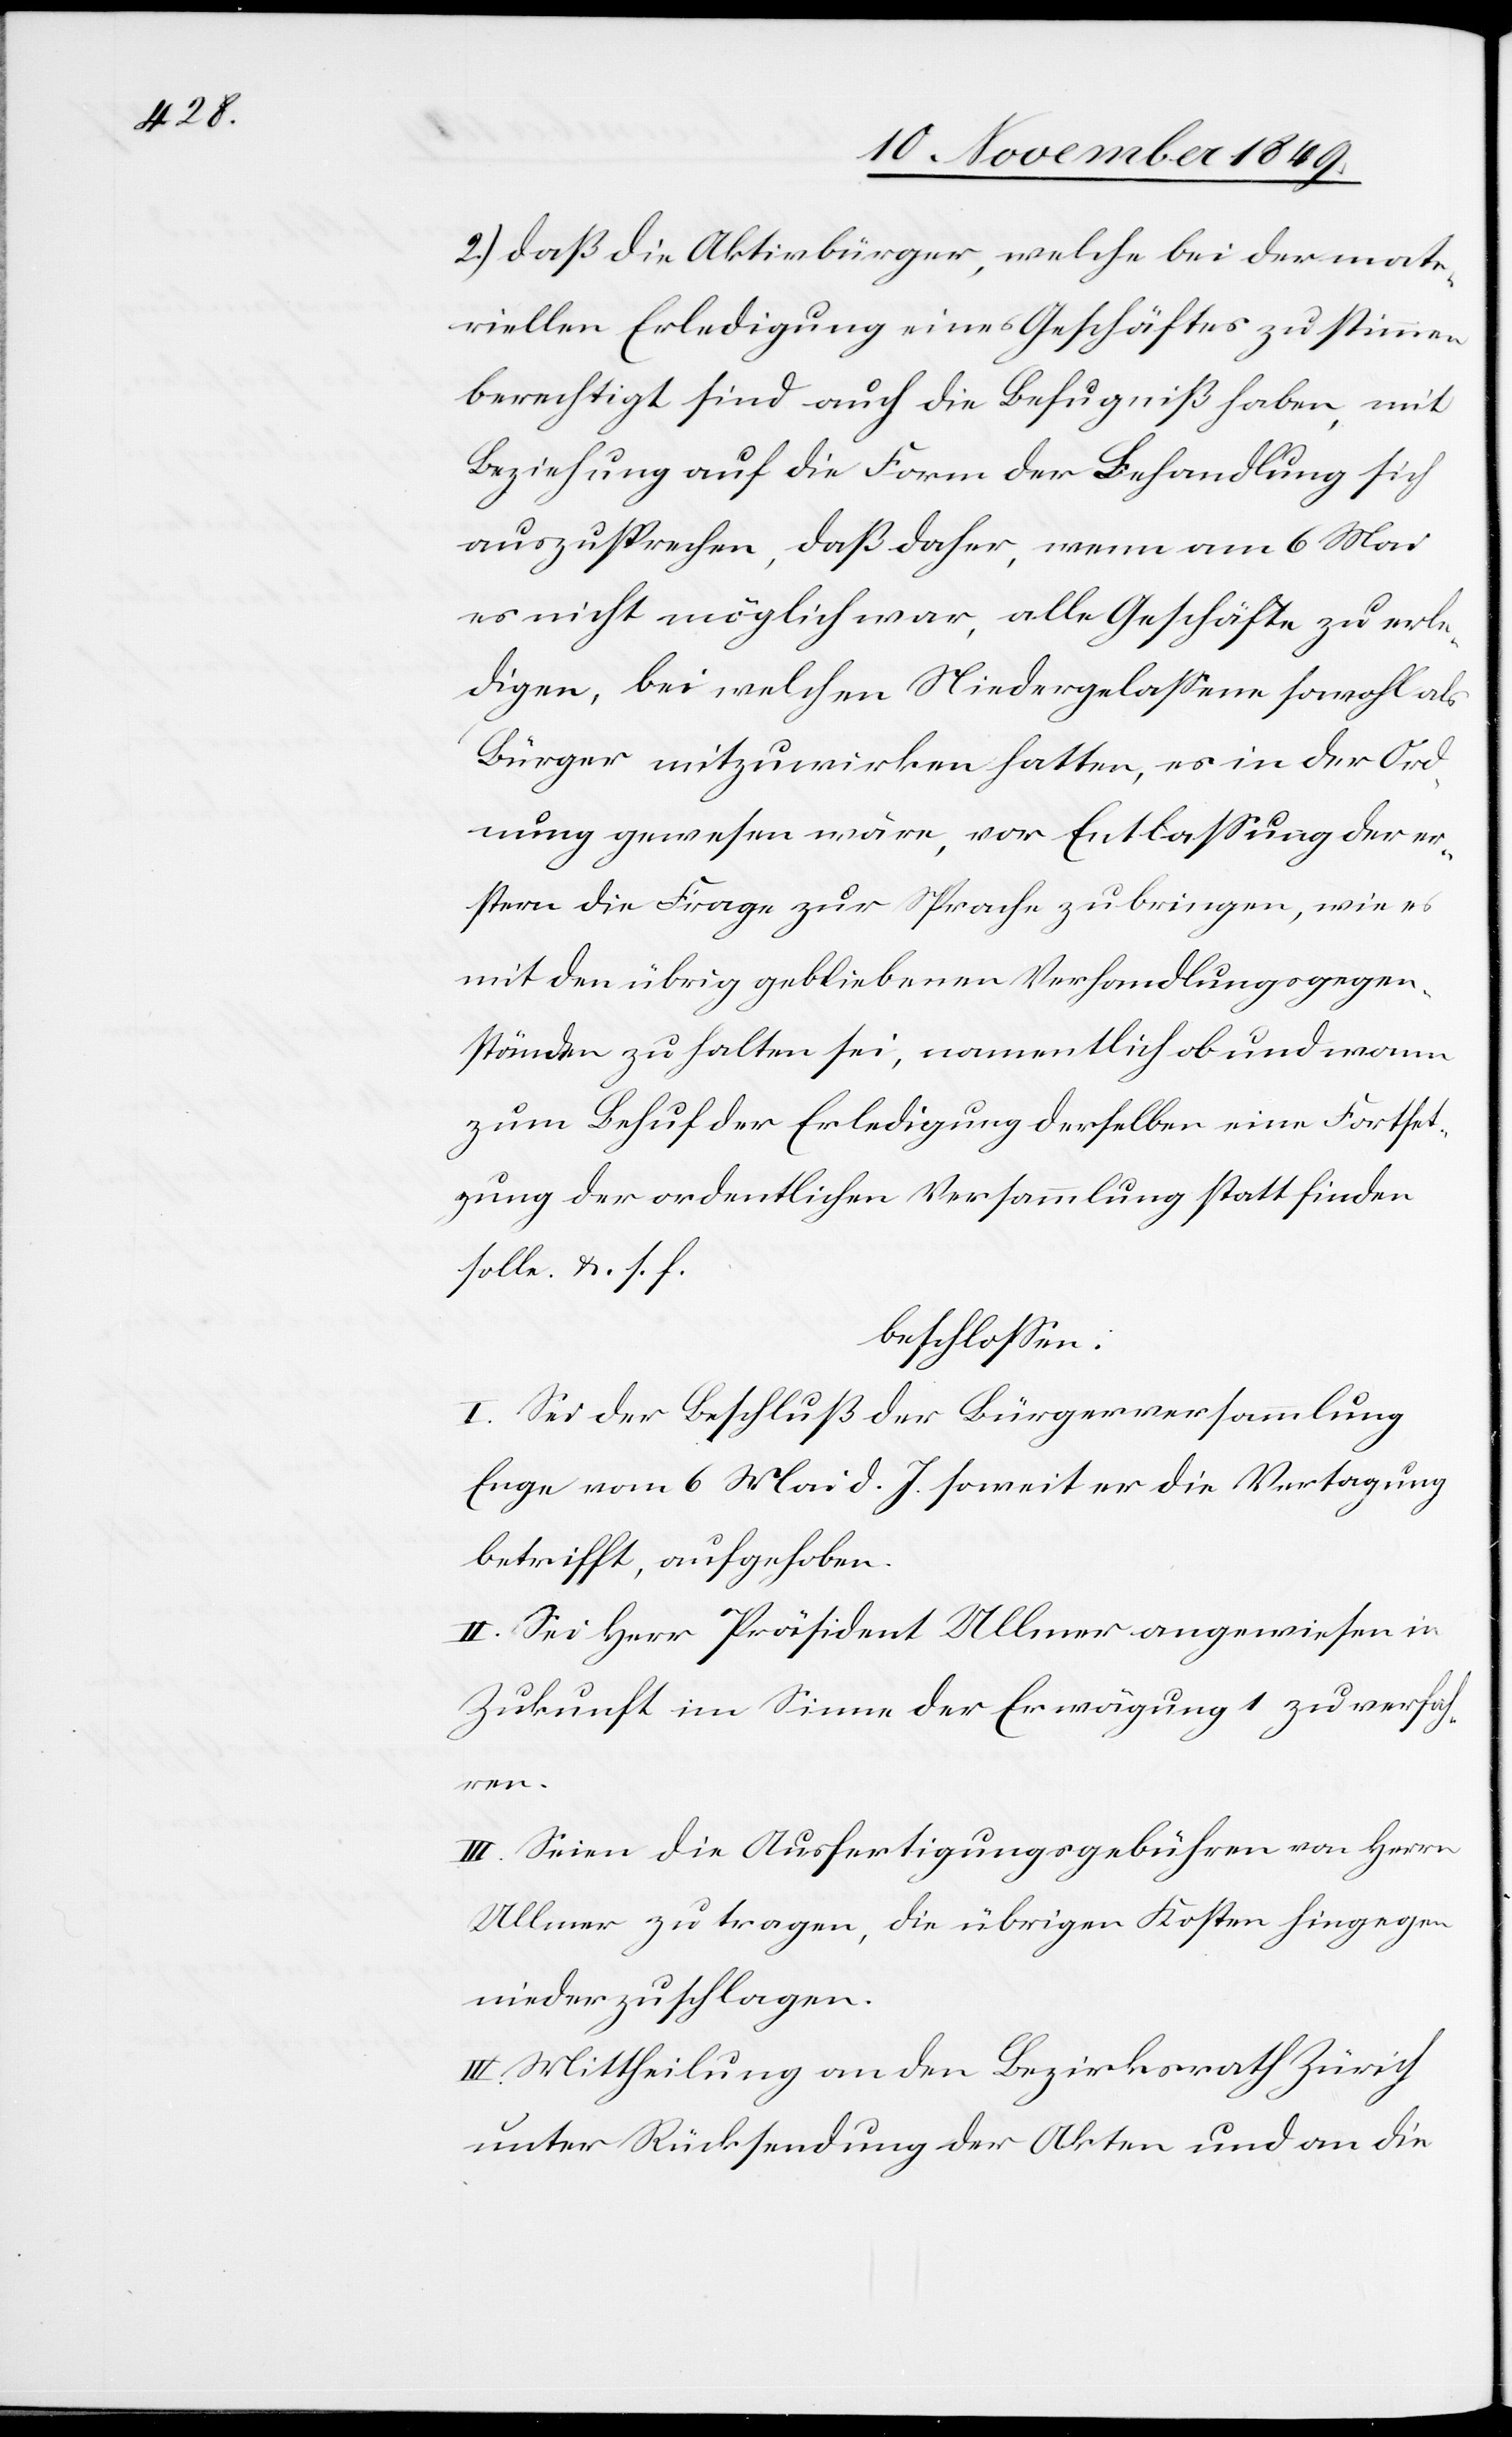
2.) daß die Aktivbürger, welche bei der mate¬
riellen Erledigung eines Geschäftes zu stimmen
berechtigt sind auch die Befugniß haben, mit
Beziehung auf die Form der Behandlung sich
auszusprechen, daß daher, wenn am 6 Mai
es nicht möglich war, alle Geschäfte zu erle¬
digen, bei welchen Niedergelaßene sowohl als
Bürger mitzuwirken hatten, es in der Ord¬
nung gewesen wäre, vor Entlaßung der er¬
stern die Frage zur Sprache zu bringen, wie es
mit dem übrig gebliebenen Verhandlungsgegen¬
ständen zu halten sei, namentlich ob und wann
zum Behuf der Erledigung derselben eine Fortset¬
zung der ordentlichen Versammlung statt finden
solle. U. s. f.
beschloßen:
I. Sei der Beschluß der Bürgerversammlung
Enge vom 6 Mai d. J. soweit er die Vertagung
betrifft, aufgehoben.
II. Sei Herr Präsident Ullmer angewiesen in
Zukunft im Sinne der Erwägung 1 zu verfah¬
ren.
III. Seien die Ausfertigungsgebühren von Herrn
Ullmer zu tragen, die übrigen Kosten hingegen
niederzuschlagen.
IV. Mittheilung an den Bezirksrath Zürich
unter Rücksendung der Akten und an die